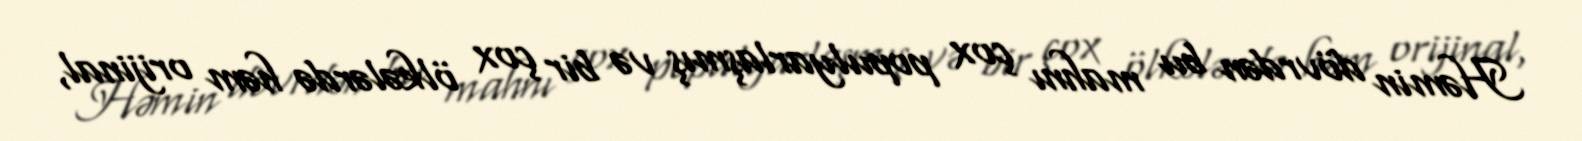
Həmin dövrdən bu mahnı çox populyarlaşmış və bir çox ölkələrdə həm orijinal,